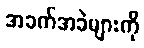
အခက်အခဲများကို